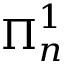
{ \boldsymbol { \Pi } } _ { n } ^ { 1 }